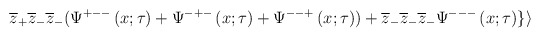
\begin{align*}\overline{z}_{+}\overline{z}_{-}\overline{z}_{-}(\Psi ^{+--}\left( x;\tau\right) +\Psi ^{-+-}\left( x;\tau \right) +\Psi ^{--+}\left( x;\tau \right))+\overline{z}_{-}\overline{z}_{-}\overline{z}_{-}\Psi ^{---}\left( x;\tau\right) \}\rangle\end{align*}